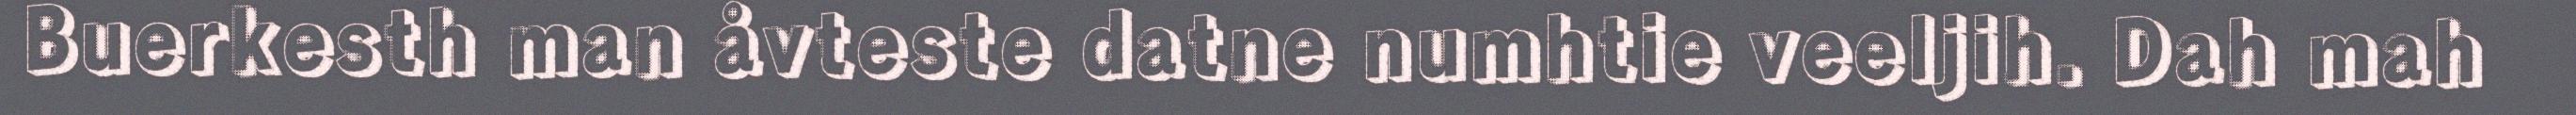
Buerkesth man åvteste datne numhtie veeljih. Dah mah